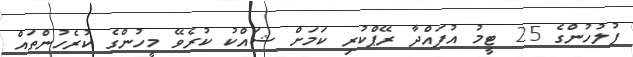
ފުލުހުންގެ 25 ޓީމު އުފައްދާ ރޭޕްކުރި ކަމަށް ޝައްކު ކުރެވޭ މީހުންގެ ކުރެހުންތައް